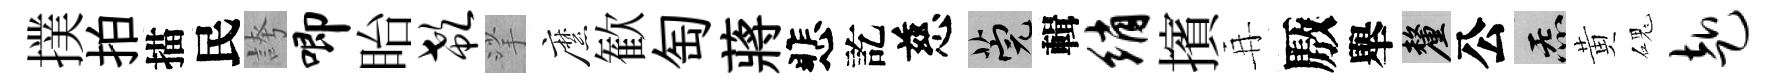
撲拍描民誇唧眙欷挲縻歓匋蔣悲訖慈筦輯绡擯再厫舉厘公炁黄磈赴